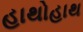
હાથોહાથ